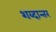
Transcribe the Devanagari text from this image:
शब्दान्तर